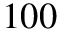
1 0 0